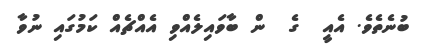
ބުނެތެވެ. އެއީ  ގެ  ން ބާވައިލެއްވި އެއްޗެއް ކަމުގައި ނުވާ